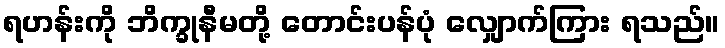
ရဟန်းကို ဘိက္ခုနီမတို့ တောင်းပန်ပုံ လျှောက်ကြား ရသည်။